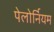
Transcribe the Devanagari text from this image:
पेलोर्नियम